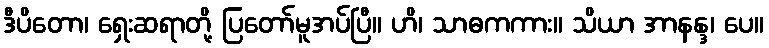
ဒီပိတော၊ ရှေးဆရာတို့ ပြတော်မူအပ်ပြီ။ ဟိ၊ သာဓကကား။ သိယာ အာနန္ဒ၊ ပေ။